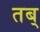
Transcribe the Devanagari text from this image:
तब्